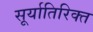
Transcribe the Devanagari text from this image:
सूर्यातिरिक्त